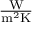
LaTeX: \textstyle \mathrm { { \frac { W } { m ^ { 2 } K } } }